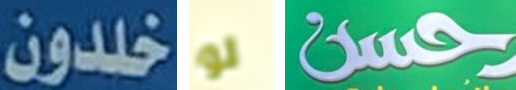
خلدون لو حسن